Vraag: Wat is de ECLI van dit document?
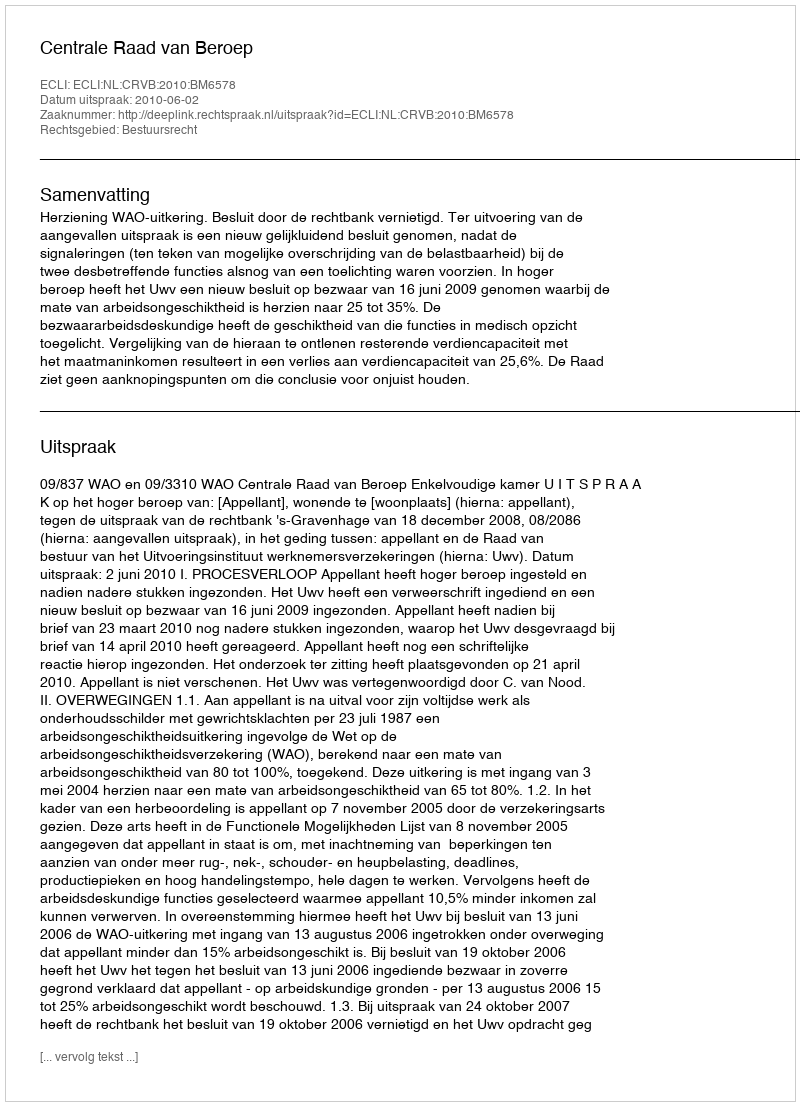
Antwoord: ECLI:NL:CRVB:2010:BM6578